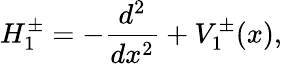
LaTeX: H_{1}^{\pm}=-\frac{d^{2}}{dx^{2}}+V_{1}^{\pm}(x),